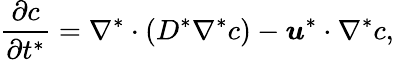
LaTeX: \frac{\partial c}{\partial t^{*}}=\nabla^{*}\cdot\left(D^{*}\nabla^{*}c\right)-\boldsymbol{u}^{*}\cdot{\nabla^{*}}c,